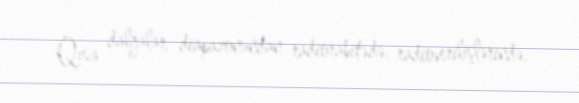
Qısa dalğalar diapazonundan radiorabitədə, radioverilişlərində,